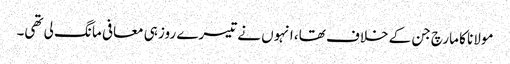
مولانا کا مارچ جن کے خلاف تھا، انہوں نے تیسرے روز ہی معافی مانگ لی تھی۔